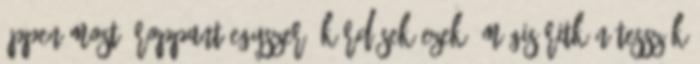
éppen most? Roppant egyszerű kérdések ezek, mégis ritkán tesszük